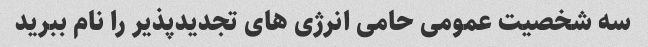
سه شخصیت عمومی حامی انرژی های تجدیدپذیر را نام ببرید